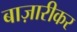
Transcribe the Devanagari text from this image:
बाज़ारीकर